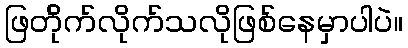
ဖြတ်ိုက်လိုက်သလိုဖြစ်နေမှာပါပဲ။